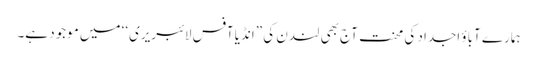
ہمارے آباؤ اجداد کی محنت آج بھی لندن کی ”انڈیا آفس لائبریری‘‘ میں موجود ہے۔